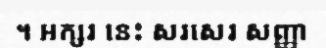
។ អក្សរ នេះ សរសេរ សញ្ញា